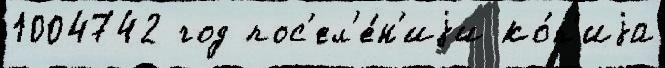
1004742 год пос'ел'е́н'иjи ко́п'иjа